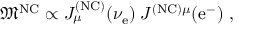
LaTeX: { \mathfrak { M } } ^ { \mathrm { N C } } \propto J _ { \mu } ^ { \mathrm { ( N C ) } } ( \nu _ { \mathrm { e } } ) \; J ^ { \mathrm { ( N C ) } \mu } ( \mathrm { e ^ { - } } ) ~ ,